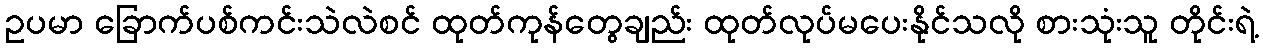
ဥပမာ ခြောက်ပစ်ကင်းသဲလဲစင် ထုတ်ကုန်တွေချည်း ထုတ်လုပ်မပေးနိုင်သလို စားသုံးသူ တိုင်းရဲ့